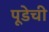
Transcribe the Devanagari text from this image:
पूडेची